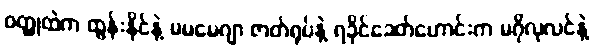
ဝတ္ထုထဲက ထွန်းနိုင်နဲ့ မမမေဂျာ ဇာတ်ရုပ်နဲ့ ရခိုင်ခေတ်ဟောင်းက မဂိုလုလင်နဲ့